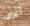
أعرف